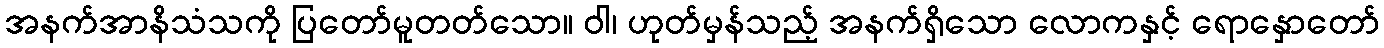
အနက်အာနိသံသကို ပြတော်မူတတ်သော။ ဝါ၊ ဟုတ်မှန်သည့် အနက်ရှိသော လောကနှင့် ရောနှောတော်